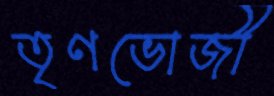
তৃণভোজী